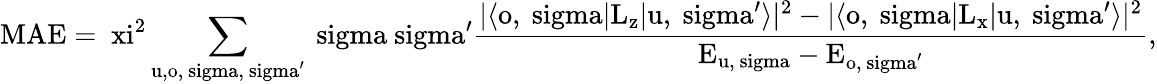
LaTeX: \mathrm{MAE=\ xi^{2}\sum_{u,o,\ sigma,\ sigma^{\prime}}\ sigma\ sigma^{\prime}\frac{|\langle o,\ sigma|L_{z}|u,\ sigma^{\prime}\rangle|^{2}-|\langle o,\ sigma|L_{x}|u,\ sigma^{\prime}\rangle|^{2}}{E_{u,\ sigma}-E_{o,\ sigma^{\prime}}},}